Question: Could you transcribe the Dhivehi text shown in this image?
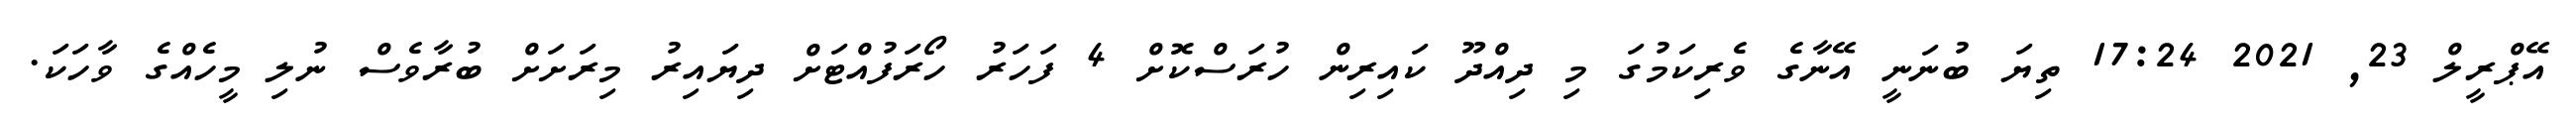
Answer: އޭޕްރީލް 23, 2021 17:24 ތިޔަ ބުނަނީ އޭނާގެ ވެރިކަމުގަ މި ދިއްދޫ ކައިރިން ހުރަސްކޮށް 4 ފަހަރު ހޯރަފުއްޓަށް ދިޔައިރު މިރަށަށް ބުރާވެސް ނުލި މީހެއްގެ ވާހަކަ.